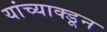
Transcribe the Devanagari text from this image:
यांच्याक्डून